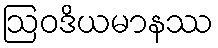
ဩဝဒိယမာနဿ